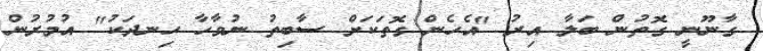
ގާނޫނީ ގޮތުން ބަލާ އިރު "އެހެން ގޮތަކަށް ސާބިތު ނުވާހާ ހިނދަކު" އުމުރުން